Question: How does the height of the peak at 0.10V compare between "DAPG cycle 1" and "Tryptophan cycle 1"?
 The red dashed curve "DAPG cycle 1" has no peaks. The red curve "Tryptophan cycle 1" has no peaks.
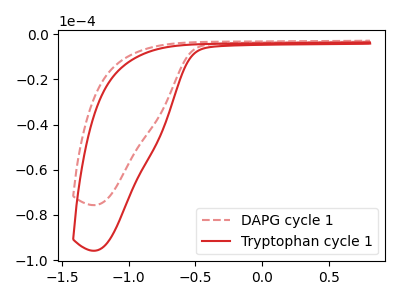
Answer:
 <answer>"DAPG cycle 1" and "Tryptophan cycle 1" dont share a peak at 0.10V.</answer>
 <eval>mismatch</eval>